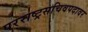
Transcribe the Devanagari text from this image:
परराष्ट्रसचिवपदावर